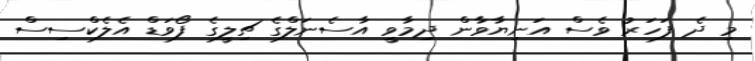
މި ދެ ފަހަރު ވެސް އަނިޔާވާން ދިމާވީ އާސެނަލްގެ ޗިލީގެ ފޯވަޑް އެލެކްސިސް